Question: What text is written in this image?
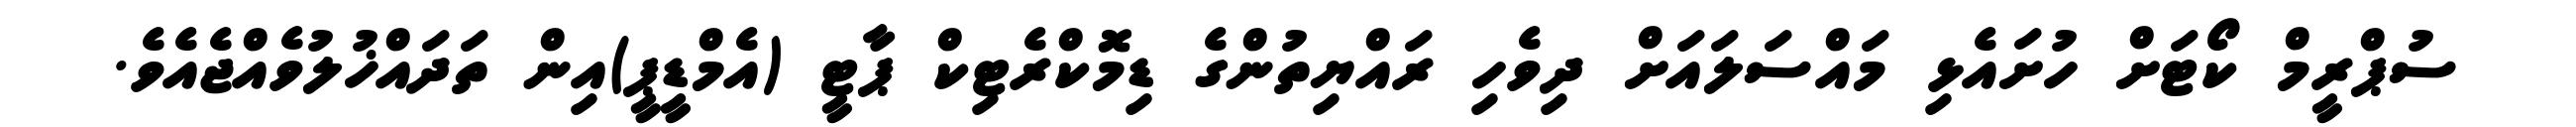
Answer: ސުޕްރީމް ކޯޓަށް ހުށައެޅި މައްސަލައަށް ދިވެހި ރައްޔިތުންގެ ޑިމޮކްރެޓިކް ޕާޓީ (އެމްޑީޕީ)އިން ތަދައްޚުލުވެއްޖެއެވެ.